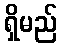
ရှိမည်